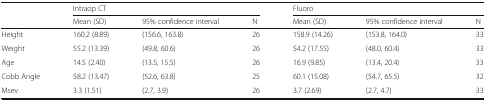
<table><thead><tr><td rowspan="2"></td><td colspan="3"><b>Intraop CT</b></td><td colspan="3"><b>Fluoro</b></td></tr><tr><td><b>Mean (SD)</b></td><td><b>95% confidence interval</b></td><td><b>N</b></td><td><b>Mean (SD)</b></td><td><b>95% confidence interval</b></td><td><b>N</b></td></tr></thead><tbody><tr><td>Height</td><td>160.2 (8.89)</td><td>(156.6, 163.8)</td><td>26</td><td>158.9 (14.26)</td><td>(153.8, 164.0)</td><td>33</td></tr><tr><td>Weight</td><td>55.2 (13.39)</td><td>(49.8, 60.6)</td><td>26</td><td>54.2 (17.55)</td><td>(48.0, 60.4)</td><td>33</td></tr><tr><td>Age</td><td>14.5 (2.40)</td><td>(13.5, 15.5)</td><td>26</td><td>16.9 (9.85)</td><td>(13.4, 20.4)</td><td>33</td></tr><tr><td>Cobb Angle</td><td>58.2 (13.47)</td><td>(52.6, 63.8)</td><td>25</td><td>60.1 (15.08)</td><td>(54.7, 65.5)</td><td>32</td></tr><tr><td>Msev</td><td>3.3 (1.51)</td><td>(2.7, 3.9)</td><td>26</td><td>3.7 (2.69)</td><td>(2.7, 4.7)</td><td>33</td></tr></tbody></table>